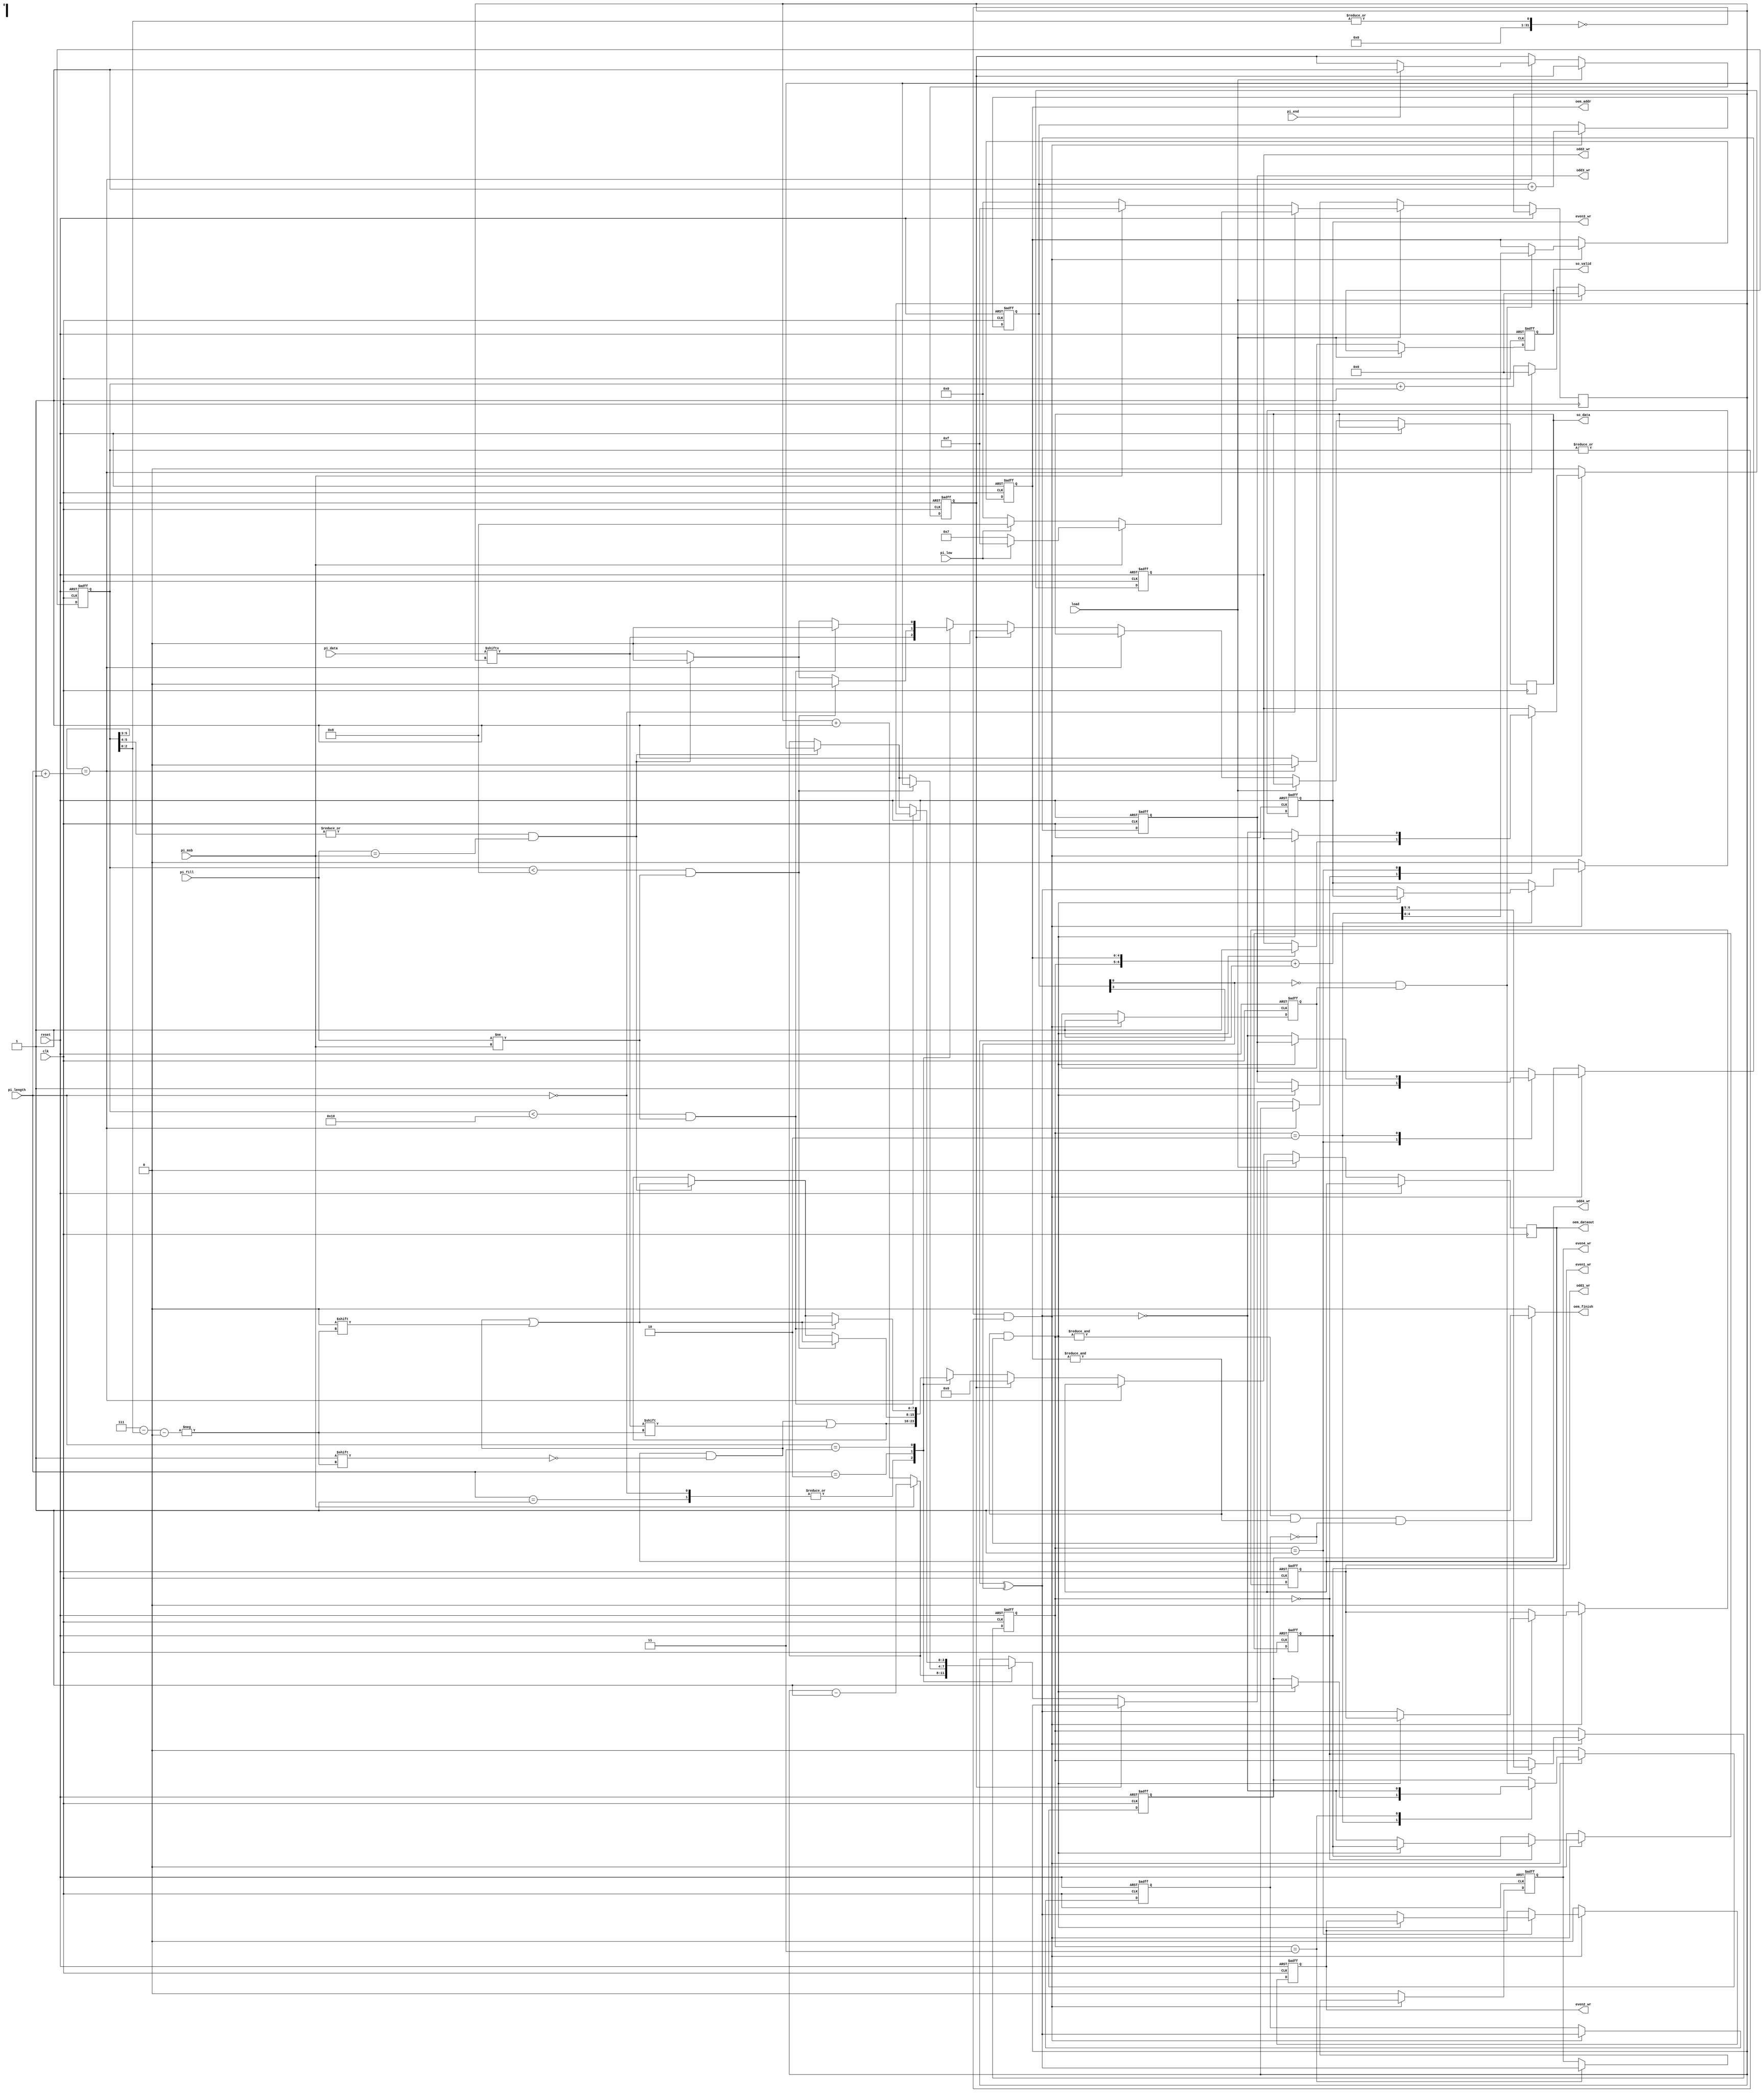
module STI_DAC(clk ,reset, load, pi_data, pi_length, pi_fill, pi_msb, pi_low, pi_end,
	       so_data, so_valid,
	       oem_finish, oem_dataout, oem_addr,
	       odd1_wr, odd2_wr, odd3_wr, odd4_wr, even1_wr, even2_wr, even3_wr, even4_wr);

input		clk, reset;
input		load, pi_msb, pi_low, pi_end; 
input	[15:0]	pi_data;
input	[1:0]	pi_length;
input		pi_fill;
output reg so_data, so_valid;

output reg oem_finish, odd1_wr, odd2_wr, odd3_wr, odd4_wr, even1_wr, even2_wr, even3_wr, even4_wr;
output reg [4:0] oem_addr;
output reg [7:0] oem_dataout;
reg [3:0] counter;
reg [5:0] length_counter;
reg [1:0] OE_flag;
reg [3:0] oe_counter;
reg temp,block,end_flag;

wire [2:0]test;
assign test = 3'd7-length_counter[2:0];

always@(*)begin
	if(&OE_flag && &oem_addr && block == 0) oem_finish = 1;
	else oem_finish = 0;
end

//==============================================================================
always@(posedge clk or posedge reset) begin
	if(reset) begin
		so_valid <= 0;
		length_counter <= 0;
		end_flag <= 0;
	end
	else begin
		if(load) begin
			if(pi_length == 2'b00) begin
				if(pi_msb)begin
					counter <= (pi_low)?15:7;
				end
				else begin
					counter <= (pi_low)?8:0;
				end
			end
			else begin
				if(pi_msb)begin
					counter <= 15;
				end
				else begin
					counter <= 0;
				end
			end
			length_counter <= 0;
		end
		else if (length_counter[5:3] == (pi_length+1))begin
			if(pi_end) end_flag<=1;
			so_valid <=0;
			length_counter <= 0;
		end
		else begin
			length_counter <= length_counter + 1;
			if(end_flag) begin
				so_data <= 0;
				oem_dataout <= 0;
				so_valid <= 1;
			end
			else begin
				so_valid <= 1;
				case(pi_length)
					2'b00:begin
						so_data <= pi_data[counter];
						oem_dataout[test] <= pi_data[counter];
						counter <= (pi_msb)?counter - 1:counter + 1;	
					end
					2'b01:begin
						so_data <= pi_data[counter];
						oem_dataout[test] <= pi_data[counter];
						counter <= (pi_msb)?counter - 1:counter + 1;	
					end
					2'b10:begin
						if(length_counter<8 &&  (pi_fill!=pi_msb))begin
							so_data <= 0;
							oem_dataout[test] <= 0;
						end
						else if(|length_counter[5:4] && (pi_fill==pi_msb))begin
							so_data <= 0;
							oem_dataout[test] <= 0;
						end
						else begin
							so_data <= pi_data[counter];
							oem_dataout[test] <= pi_data[counter];
							counter <= (pi_msb)?counter - 1:counter + 1;
						end
					end
					2'b11:begin
						if(length_counter<16 && (pi_fill!=pi_msb))begin
							so_data <= 0;
							oem_dataout[test] <= 0;
						end
						else if(|length_counter[5:4] &&(pi_fill ==pi_msb))begin
							so_data <= 0;
							oem_dataout[test] <= 0;
						end
						else begin
							so_data <= pi_data[counter];
							oem_dataout[test] <= pi_data[counter];
							counter <= (pi_msb)?counter - 1:counter + 1;
						end
					end
				endcase	
			end
		end
	end
end

always@(negedge clk or posedge reset) begin
	if(reset)begin
		odd1_wr <= 0;
		odd2_wr <= 0;
		odd3_wr <= 0;
		odd4_wr <= 0;
		even1_wr <= 0;
		even2_wr <= 0;
		even3_wr <= 0;
		even4_wr <= 0;
		oem_addr <= 0;
		block <= 0;
		OE_flag <= 0;
		oe_counter <= 0;
		temp<=0;
	end
	else begin
		
		if(|length_counter[2:0] ==0 && |length_counter != 0)begin
			case(OE_flag)
				2'b00:begin
					if(&oem_addr && block == 0)odd2_wr <= 1;
					else begin
						odd1_wr <= ~(oe_counter[3]^oe_counter[0]);
						even1_wr <= oe_counter[3]^oe_counter[0];
					end
				end
				2'b01:begin
					if(&oem_addr&& block == 0)odd3_wr <= 1;
					else begin
						odd2_wr <= ~(oe_counter[3]^oe_counter[0]);
						even2_wr <= oe_counter[3]^oe_counter[0];
					end
				end
				2'b10:begin
					if(&oem_addr&& block == 0)odd4_wr <= 1;
					else begin
						odd3_wr <= ~(oe_counter[3]^oe_counter[0]);
						even3_wr <= oe_counter[3]^oe_counter[0];
					end
				end
				2'b11:begin
					odd4_wr <= ~(oe_counter[3]^oe_counter[0]);
					even4_wr <= oe_counter[3]^oe_counter[0];
				end
			endcase
			block <= oe_counter[3]^oe_counter[0];
			
			if(oe_counter[0] == 0 && temp)begin
				{OE_flag,oem_addr} <= {OE_flag,oem_addr} + 1;
			end
			oe_counter <= oe_counter + 1;
			temp <= 1;
		end 
		else begin
			odd1_wr <= 0;
			odd2_wr <= 0;
			odd3_wr <= 0;
			odd4_wr <= 0;
			even1_wr <= 0;
			even2_wr <= 0;
			even3_wr <= 0;
			even4_wr <= 0;
		end
	end
end


endmodule